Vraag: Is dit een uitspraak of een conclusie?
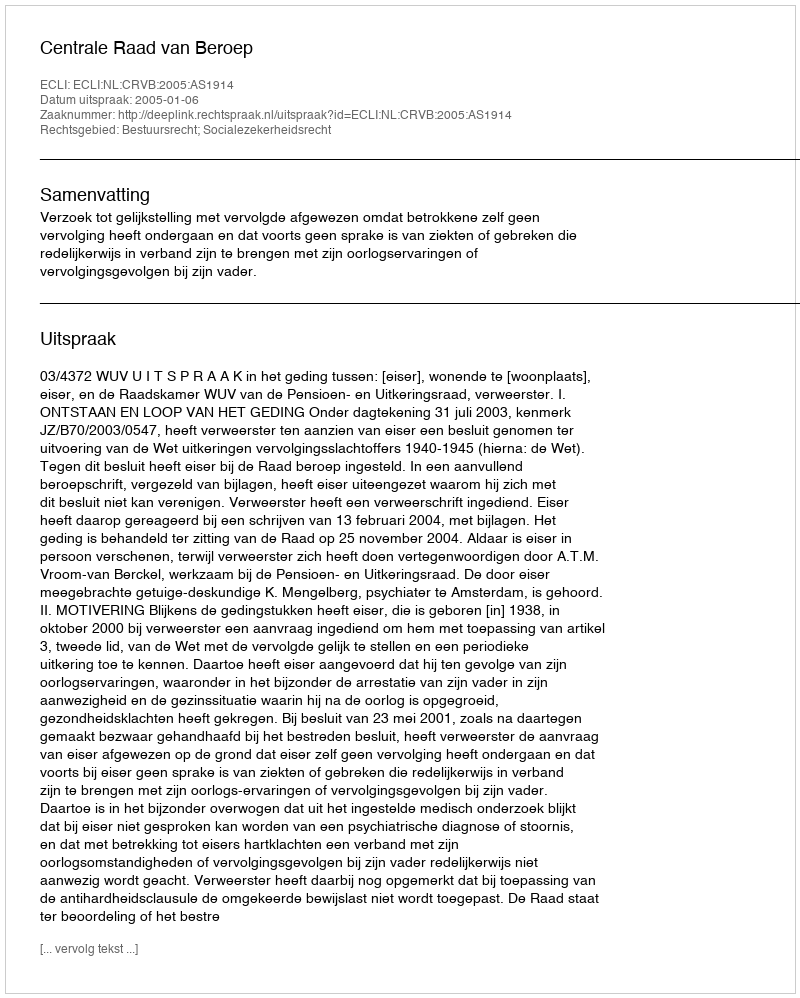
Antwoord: Uitspraak